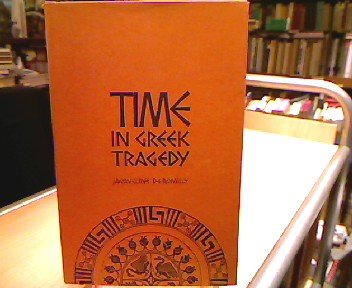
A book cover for Time in Greek Tragedy; Jacqueline de Romilly; Literature & Fiction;